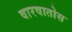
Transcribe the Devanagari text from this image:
वारवातोस